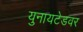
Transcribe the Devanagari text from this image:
युनायटेडवर